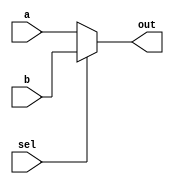
`timescale 1ns / 1ps
module Mux2x1(a,b,sel,out);

input a,b,sel;
output out;

assign out=sel?b:a;

endmodule

module Mux4x1(a,sel,out);

input [3:0]a;
input [1:0]sel;
output out;
wire [1:0]w;

Mux2x1 m1 (a[0],a[1],sel[0],w[0]);
Mux2x1 m2 (a[2],a[3],sel[0],w[1]);
Mux2x1 m3 (w[0],w[1],sel[1],out);

endmodule

module Mux8x1(a,sel,out);

input [7:0]a;
input [2:0]sel;
output out;
wire [5:0]w;

Mux2x1 m1 (a[0],a[1],sel[0],w[0]);
Mux2x1 m2 (a[2],a[3],sel[0],w[1]);
Mux2x1 m3 (a[4],a[5],sel[0],w[2]);
Mux2x1 m4 (a[6],a[7],sel[0],w[3]);
Mux2x1 m5 (w[0],w[1],sel[1],w[4]);
Mux2x1 m6 (w[2],w[3],sel[1],w[5]);
Mux2x1 m7 (w[4],w[5],sel[2],out);

endmodule